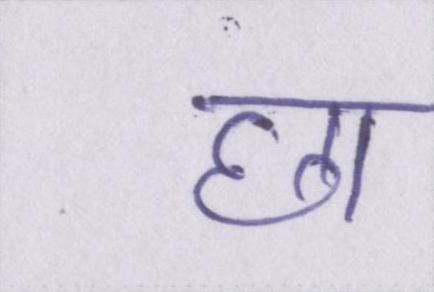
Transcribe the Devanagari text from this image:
छा